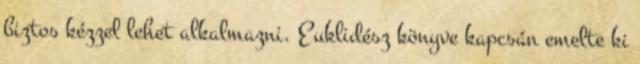
biztos kézzel lehet alkalmazni. Euklidész könyve kapcsán emelte ki